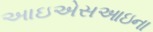
આઇએસઆઇના